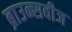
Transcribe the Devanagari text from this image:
ब्राउन्सवीज